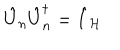
LaTeX: \hat { U } _ { n } \hat { U } _ { n } ^ { \dagger } = \hat { I } _ { \mathcal { H } }